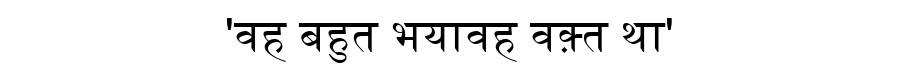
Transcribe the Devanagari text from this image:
'वह बहुत भयावह वक़्त था'